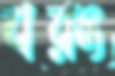
বরং